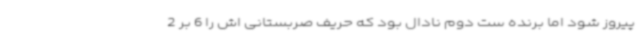
پیروز شود اما برنده ست دوم نادال بود که حریف صربستانی اش را 6 بر 2